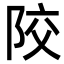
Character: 𨹍